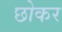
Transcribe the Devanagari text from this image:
छोकर